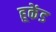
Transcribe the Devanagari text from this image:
हूकेंड